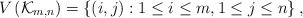
\begin{align*}V\left( \mathcal{K}_{m,n} \right)=\left\{ \left( i,j\right) :1\leq i\leq m,1\leq j\leq n\right\},\end{align*}